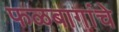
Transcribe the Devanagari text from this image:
फळबागांचे